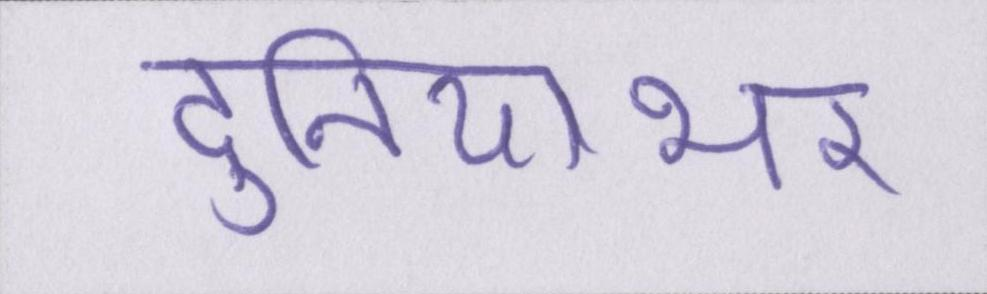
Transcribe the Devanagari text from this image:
दुनियाभर